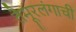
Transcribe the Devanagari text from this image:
तैमूरलंगाची